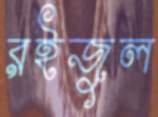
রইজুল